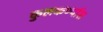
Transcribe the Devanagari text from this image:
कुलकर्ण्यास